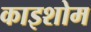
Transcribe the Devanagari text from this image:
काइशोम